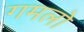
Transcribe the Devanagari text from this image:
गमलो